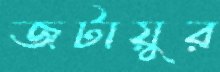
জটায়ুর